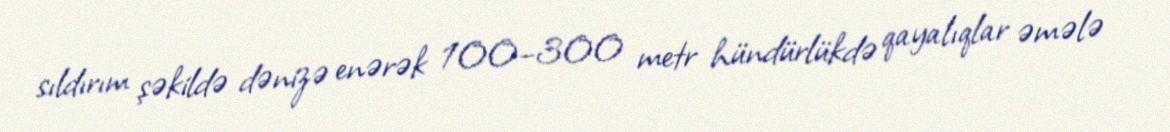
sıldırım şəkildə dənizə enərək 100–300 metr hündürlükdə qayalıqlar əmələ